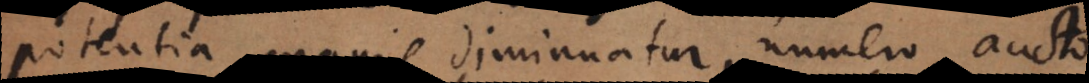
potentia magis diminuatur, numero aucto